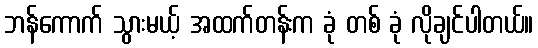
ဘန်ကောက် သွားမယ့် အထက်တန်းက ခုံ တစ် ခုံ လိုချင်ပါတယ်။